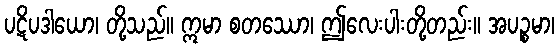
ပဋိပဒါယော၊ တို့သည်။ ဣမာ စတဿော၊ ဤလေးပါးတို့တည်း။ အပဉ္စမာ၊